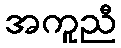
အကူညီ